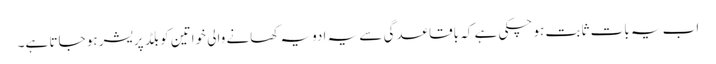
اب یہ بات ثابت ہو چکی ہے کہ باقاعدگی سے یہ ادویہ کھانے والی خواتین کو بلڈ پریشر ہو جاتا ہے۔